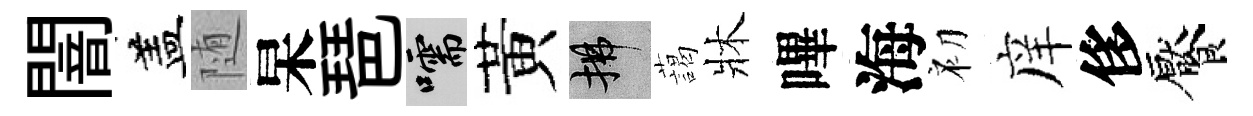
闇盖随杲琶嚅黃拂藹牀嗶海初庠侈饜